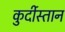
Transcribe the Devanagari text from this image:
कुर्दीस्तान